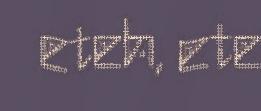
eteh, ete